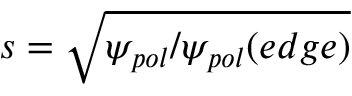
s = \sqrt { \psi _ { p o l } / \psi _ { p o l } ( e d g e ) }